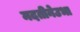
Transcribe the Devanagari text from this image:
मदतीनेउभा